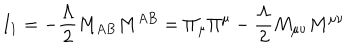
I _ { 1 } = - \frac { \Lambda } { 2 } M _ { A B } M ^ { A B } = \Pi _ { \mu } \Pi ^ { \mu } - \frac { \Lambda } { 2 } M _ { \mu \nu } M ^ { \mu \nu }